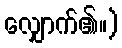
လျှောက်၏။)